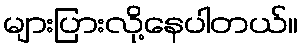
များပြားလို့နေပါတယ်။